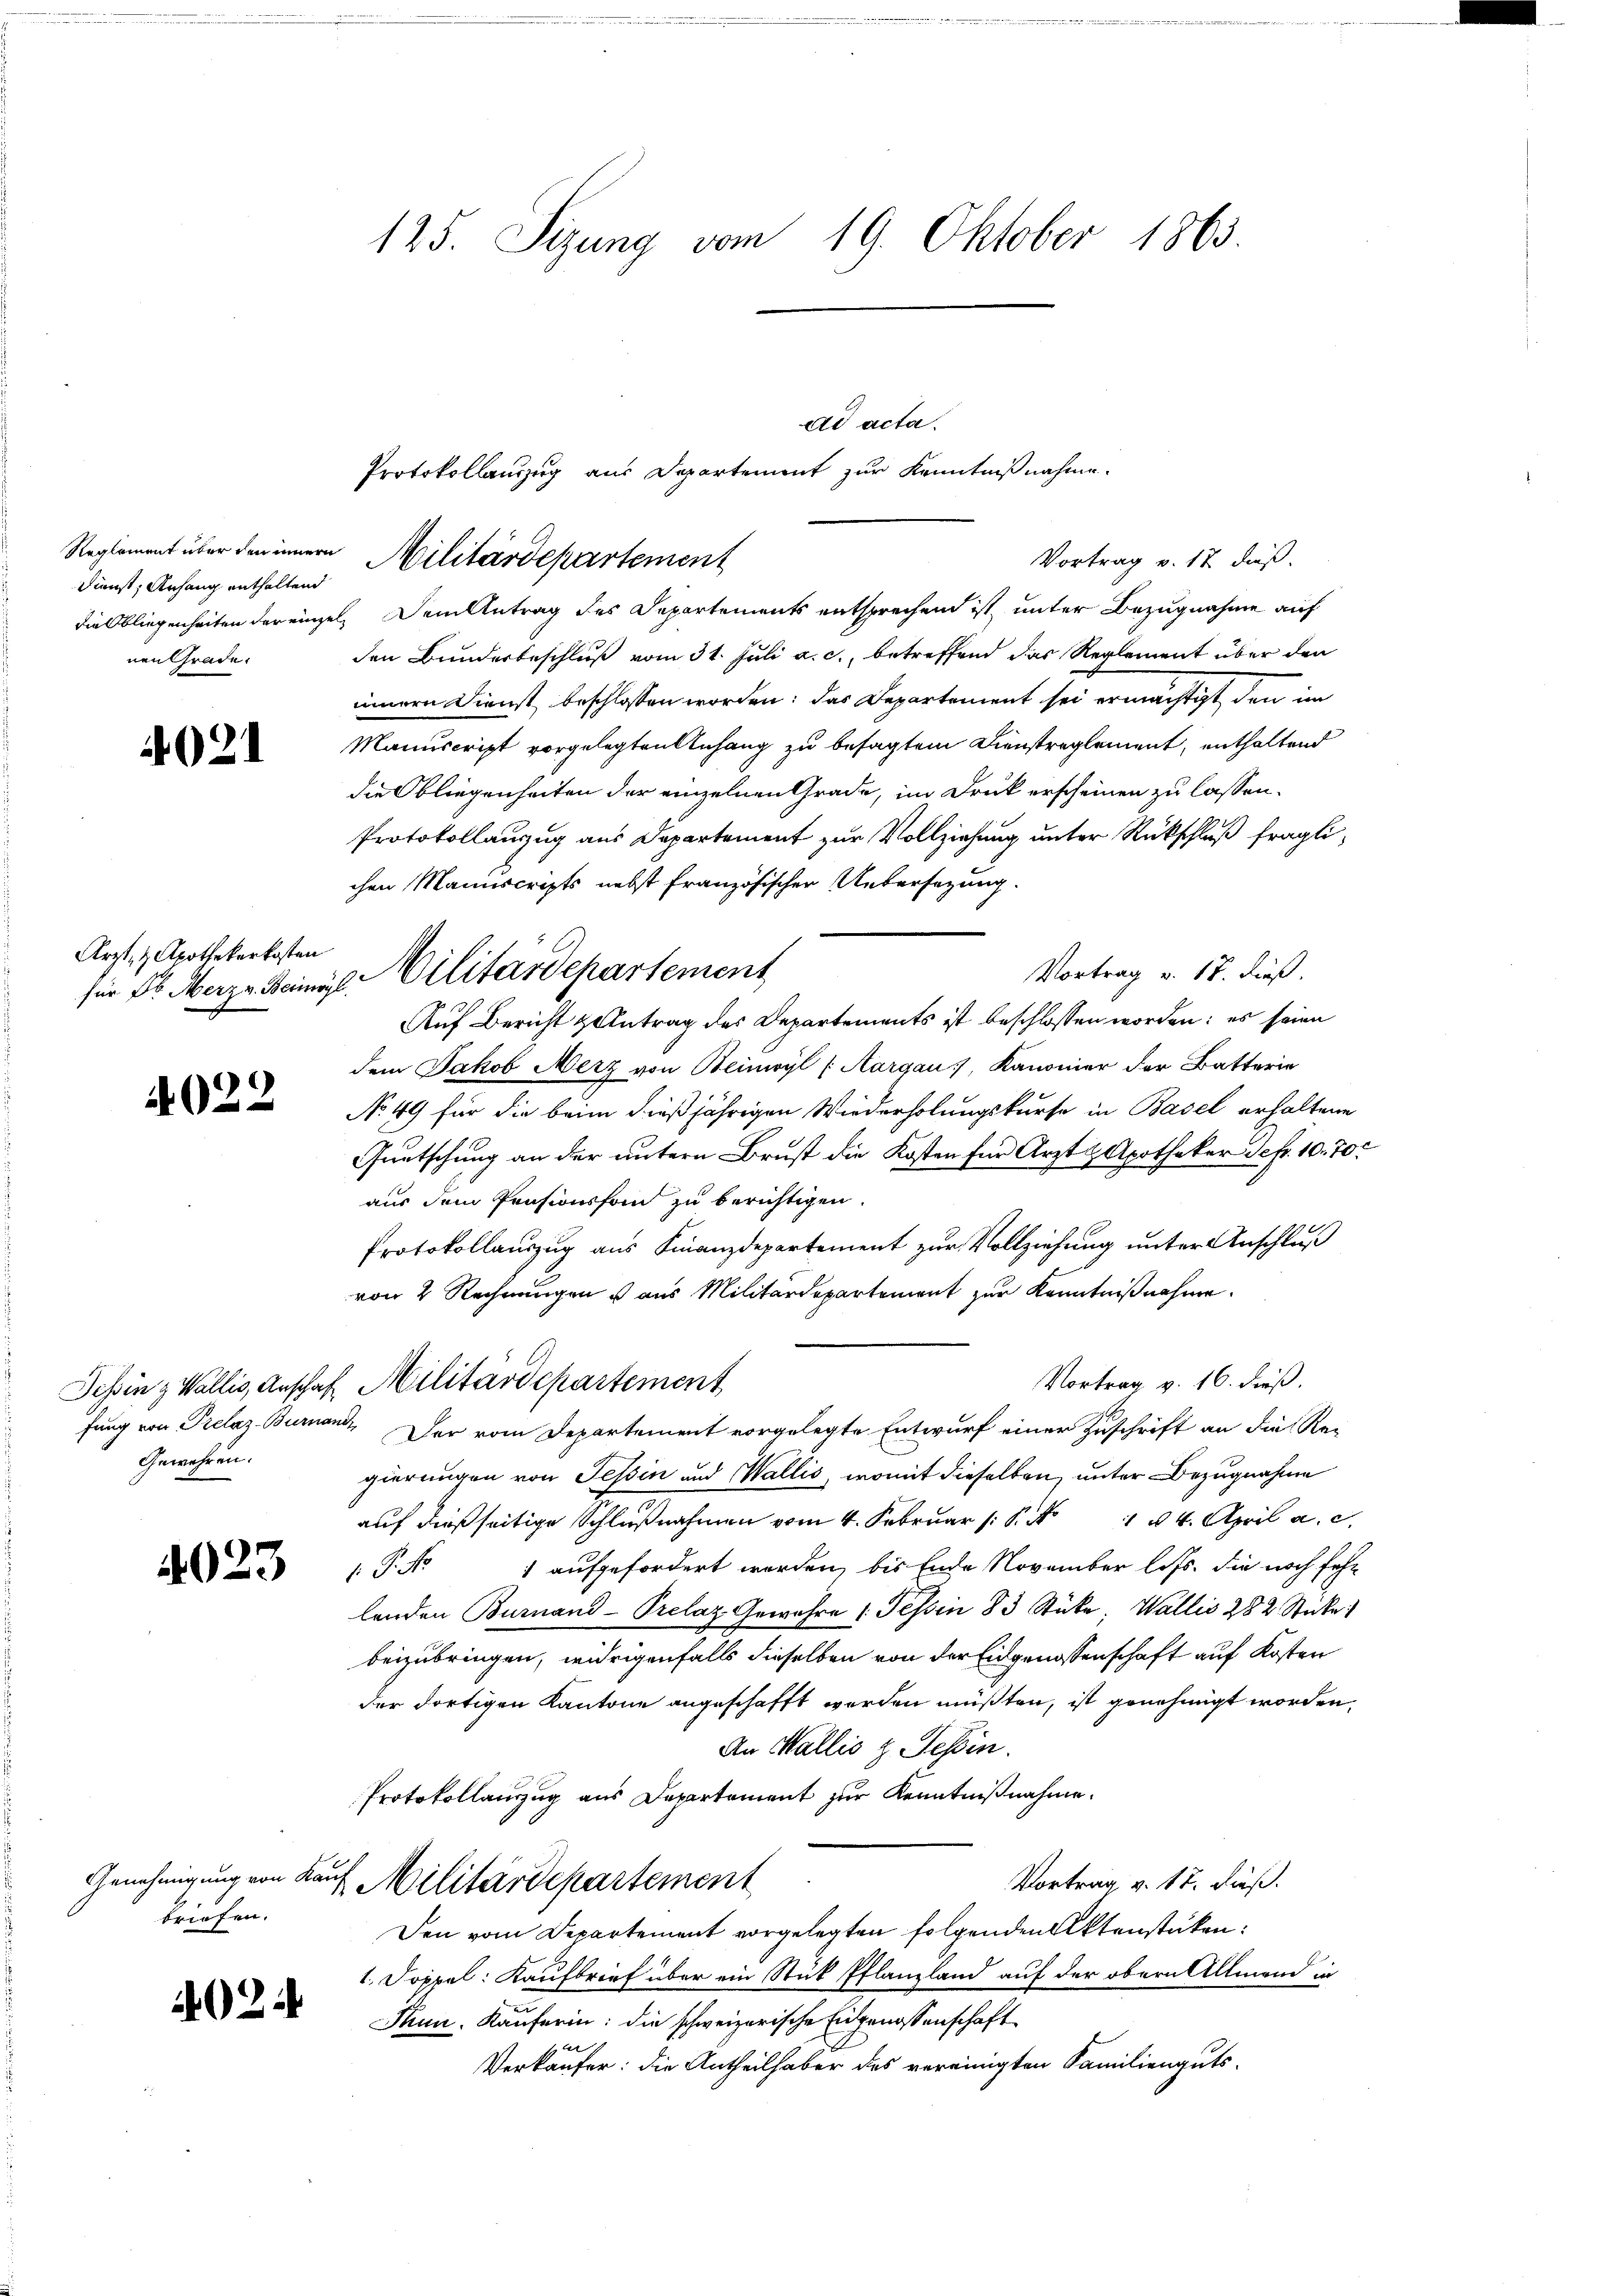
Dienst, Anfang enthaltend
nen Grade.

4021

Arzt- & Apothekerkosten

4022

Gewehren.

4023

briefen.

02

125. Sizung vom 19. Oktober 1863.

dd acta.
Protokollanzug aus Departement zur Kenntnißnahme.
die Obliegenheiten der einzel, Dem Antrag des Departements entsprechend ist, unter Bezugnahme auf
den Bunderbeschluß vom 31. Juli a. c., betreffend das Reglement über den
innern Dienst beschlossen worden: das Departement sei ermächtigt, den im
Manuscript vorgelegten Anhang zu besagtem Dienstreglement, enthaltend
die Obliegenheiten der einzelnen Grade, im Druck erscheinen zu lassen.
Protokollauzug aus Departement zur Vollziehung unter Rückschluß fraglichen Manuscripts nebst französischer Übersezung.
Vortrag v. 17. dieß.
Auf Bericht zentrag des Departements ist beschlossen worden; es seien
dem Jakob Merz von Beinwyl (Aargau, Kanonier der Batterie
No 49 für die beim dießjährigen Wiederholungskurse in Basel erhaltene
Gautschung an der untern Brust die Kosten für Arzt & Apotheker Sept. 10. 70.
aus dem Pensionsfond zu berichtigen.
Protokollauszug aus Finanzdepartement zur Vollziehung unter Anschluß
von 2 Rechnungen aus Militärdepartement zur Kenntnißnahme.
Vortrag v. 16. dieß.
Tessin z Wallis, Anschaft Militärdepartement
fung von Prelaz Burand. Der vom Departement vorgelegte Entwurf einer Zuschrift an die Re-
gierungen von Tessin und Wallis, womit dieselben, unter Bezugnahme
auf dießseitige Schlußnahmen vom 4. Februar (: P. No 14. April a. c.
.P. No 1 aufgefordert worden, bis Ende November loss. Sie noch sehr
lenden Burnand-Prelaz Gewahre 1 Tessin 83 Stücke, Wallis 282 Sticke
beizubringen, widrigenfalls dieselben von der Eidgenossenschaft auf Kosten
der dortigen Kantone angeschafft werden müßten, ist genehmigt worden,
An Wallis z. Tessin.
Protokollauszug aus Departement zur Kenntnißnahme.
Genehmigung von Kauf Militärdepartement
Vortrag v. 17. dieß.
Den vom Departement vorgelegten folgenden Aktenstücken:
1. Doppel: Kaufbrief über ein Stük Pflanzland auf der obern Allmend in
Thun. Käuferin: die schweizerische Eingenossenschaft
e
Verkäufer: die Antheilhaber des vereinigten Familienguts-

Reglement über den innern Militärdepartement

für ds Merz einigl. Militärdepartement

Vortrag v. 17 dieß.